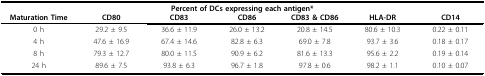
<table><thead><tr><td></td><td colspan="6"><b>Percent of DCs expressing each antigen*</b></td></tr><tr><td><b>Maturation Time</b></td><td><b>CD80</b></td><td><b>CD83</b></td><td><b>CD86</b></td><td><b>CD83 &amp; CD86</b></td><td><b>HLA-DR</b></td><td><b>CD14</b></td></tr></thead><tbody><tr><td>0 h</td><td>29.2 ± 9.5</td><td>36.6 ± 11.9</td><td>26.0 ± 13.2</td><td>20.8 ± 14.5</td><td>80.6 ± 10.3</td><td>0.22 ± 0.11</td></tr><tr><td>4 h</td><td>47.6 ± 16.9</td><td>67.4 ± 14.6</td><td>82.8 ± 6.3</td><td>69.0 ± 7.8</td><td>93.7 ± 3.6</td><td>0.18 ± 0.17</td></tr><tr><td>8 h</td><td>79.3 ± 12.7</td><td>80.0 ± 11.5</td><td>90.9 ± 6.2</td><td>81.6 ± 13.3</td><td>95.6 ± 2.2</td><td>0.19 ± 0.14</td></tr><tr><td>24 h</td><td>89.6 ± 7.5</td><td>93.8 ± 6.3</td><td>96.7 ± 1.8</td><td>97.8 ± 0.6</td><td>98.2 ± 1.1</td><td>0.10 ± 0.07</td></tr></tbody></table>